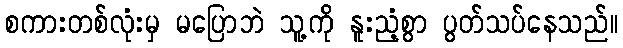
စကားတစ်လုံးမှ မပြောဘဲ သူ့ကို နူးညံ့စွာ ပွတ်သပ်နေသည်။